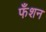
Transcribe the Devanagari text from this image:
फँशन